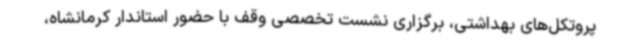
پروتکل‌های بهداشتی، برگزاری نشست تخصصی وقف با حضور استاندار کرمانشاه،